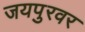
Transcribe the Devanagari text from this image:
जयपुरवर